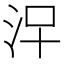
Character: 𣳀